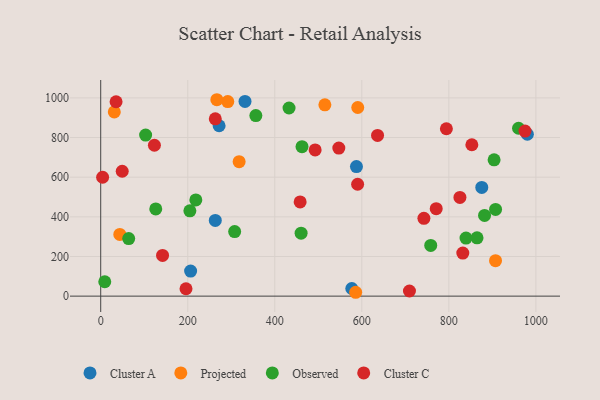
{"axis": {"x": "Price", "y": "Profit"}, "legend": ["Cluster A", "Cluster C", "Observed", "Projected"], "data": [{"x": "272.1", "y": 859.3, "type": "Cluster A"}, {"x": "331.6", "y": 982.1, "type": "Cluster A"}, {"x": "875.7", "y": 548.5, "type": "Cluster A"}, {"x": "587.7", "y": 653.6, "type": "Cluster A"}, {"x": "980.5", "y": 816.6, "type": "Cluster A"}, {"x": "206.6", "y": 126.5, "type": "Cluster A"}, {"x": "577.0", "y": 38.5, "type": "Cluster A"}, {"x": "263.3", "y": 381.9, "type": "Cluster A"}, {"x": "585.9", "y": 19.5, "type": "Projected"}, {"x": "318.1", "y": 678.1, "type": "Projected"}, {"x": "292.0", "y": 981.2, "type": "Projected"}, {"x": "907.3", "y": 179.1, "type": "Projected"}, {"x": "590.7", "y": 951.3, "type": "Projected"}, {"x": "43.9", "y": 311.5, "type": "Projected"}, {"x": "515.1", "y": 964.9, "type": "Projected"}, {"x": "266.9", "y": 990.6, "type": "Projected"}, {"x": "31.2", "y": 929.1, "type": "Projected"}, {"x": "64.3", "y": 290.1, "type": "Observed"}, {"x": "882.1", "y": 407.1, "type": "Observed"}, {"x": "356.5", "y": 910.6, "type": "Observed"}, {"x": "960.2", "y": 846.8, "type": "Observed"}, {"x": "432.8", "y": 948.9, "type": "Observed"}, {"x": "307.8", "y": 325.8, "type": "Observed"}, {"x": "218.6", "y": 485.1, "type": "Observed"}, {"x": "904.0", "y": 687.4, "type": "Observed"}, {"x": "204.9", "y": 430.1, "type": "Observed"}, {"x": "758.4", "y": 255.8, "type": "Observed"}, {"x": "9.3", "y": 72.6, "type": "Observed"}, {"x": "462.6", "y": 753.7, "type": "Observed"}, {"x": "460.5", "y": 317.8, "type": "Observed"}, {"x": "839.5", "y": 292.7, "type": "Observed"}, {"x": "907.4", "y": 437.2, "type": "Observed"}, {"x": "103.2", "y": 812.5, "type": "Observed"}, {"x": "126.5", "y": 439.7, "type": "Observed"}, {"x": "864.8", "y": 294.1, "type": "Observed"}, {"x": "458.3", "y": 475.0, "type": "Cluster C"}, {"x": "794.4", "y": 844.3, "type": "Cluster C"}, {"x": "709.5", "y": 26.0, "type": "Cluster C"}, {"x": "825.5", "y": 498.0, "type": "Cluster C"}, {"x": "492.8", "y": 737.6, "type": "Cluster C"}, {"x": "49.4", "y": 629.8, "type": "Cluster C"}, {"x": "263.3", "y": 894.2, "type": "Cluster C"}, {"x": "975.1", "y": 832.3, "type": "Cluster C"}, {"x": "142.1", "y": 205.6, "type": "Cluster C"}, {"x": "852.9", "y": 763.5, "type": "Cluster C"}, {"x": "636.2", "y": 810.6, "type": "Cluster C"}, {"x": "832.1", "y": 217.2, "type": "Cluster C"}, {"x": "123.4", "y": 761.1, "type": "Cluster C"}, {"x": "196.0", "y": 37.2, "type": "Cluster C"}, {"x": "35.3", "y": 980.3, "type": "Cluster C"}, {"x": "590.4", "y": 564.2, "type": "Cluster C"}, {"x": "771.0", "y": 441.2, "type": "Cluster C"}, {"x": "547.2", "y": 747.0, "type": "Cluster C"}, {"x": "742.7", "y": 392.7, "type": "Cluster C"}, {"x": "4.4", "y": 599.6, "type": "Cluster C"}]}